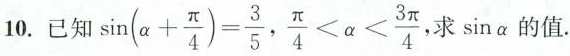
10. 已知 $$\sin(\alpha + \frac{\pi}{4})= \frac{3}{5}$$, $$\frac{\pi}{4}< \alpha < \frac{3 \pi}{4}$$ ， 求\sin \alpha的值.